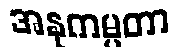
အနုကမ္ပတာ